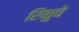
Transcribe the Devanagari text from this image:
रिंकुचे